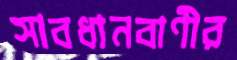
সাবধানবাণীর